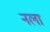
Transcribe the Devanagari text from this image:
नला